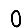
Digit: 0